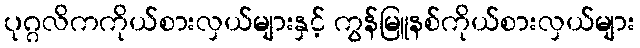
ပုဂ္ဂလိကကိုယ်စားလှယ်များနှင့် ကွန်မြူနစ်ကိုယ်စားလှယ်များ